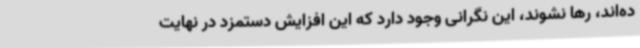
ده‌اند، رها نشوند، این نگرانی وجود دارد که این افزایش دستمزد در نهایت